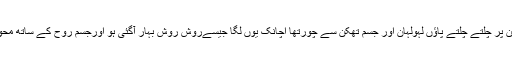
وہ راستے جن پر چلتے چلتے پاؤں لہولہان اور جسم تھکن سے چُورتھا اچانک یوں لگا جیسےروش روش بہار آگئی ہو اورجسم روح کے ساتھ محو ِپروازہوگیا۔